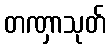
တဏှာသုတ်